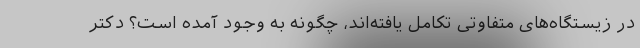
در زیستگاه‌های متفاوتی تکامل یافته‌اند، چگونه به وجود آمده است؟ دکتر